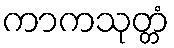
ကာကသုတ္တံ